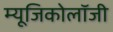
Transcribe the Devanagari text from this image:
म्‍यूजिकोलॉजी